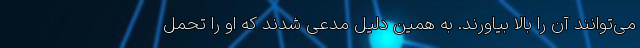
می‌توانند آن را بالا بیاورند. به همین دلیل مدعی شدند که او را تحمل